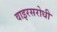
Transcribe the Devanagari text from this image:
वाइरसरोधी